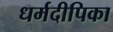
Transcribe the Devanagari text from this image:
धर्मदीपिका